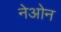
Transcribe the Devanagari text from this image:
नेओन